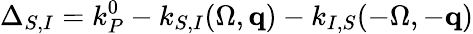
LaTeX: \Delta_{S,I}=k_{P}^{0}-k_{S,I}(\Omega,{\mathbf q})-k_{I,S}(-\Omega,-{\mathbf q})